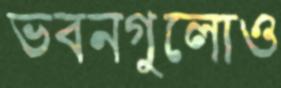
ভবনগুলোও